Juuru_vallavalitsus, lk 51
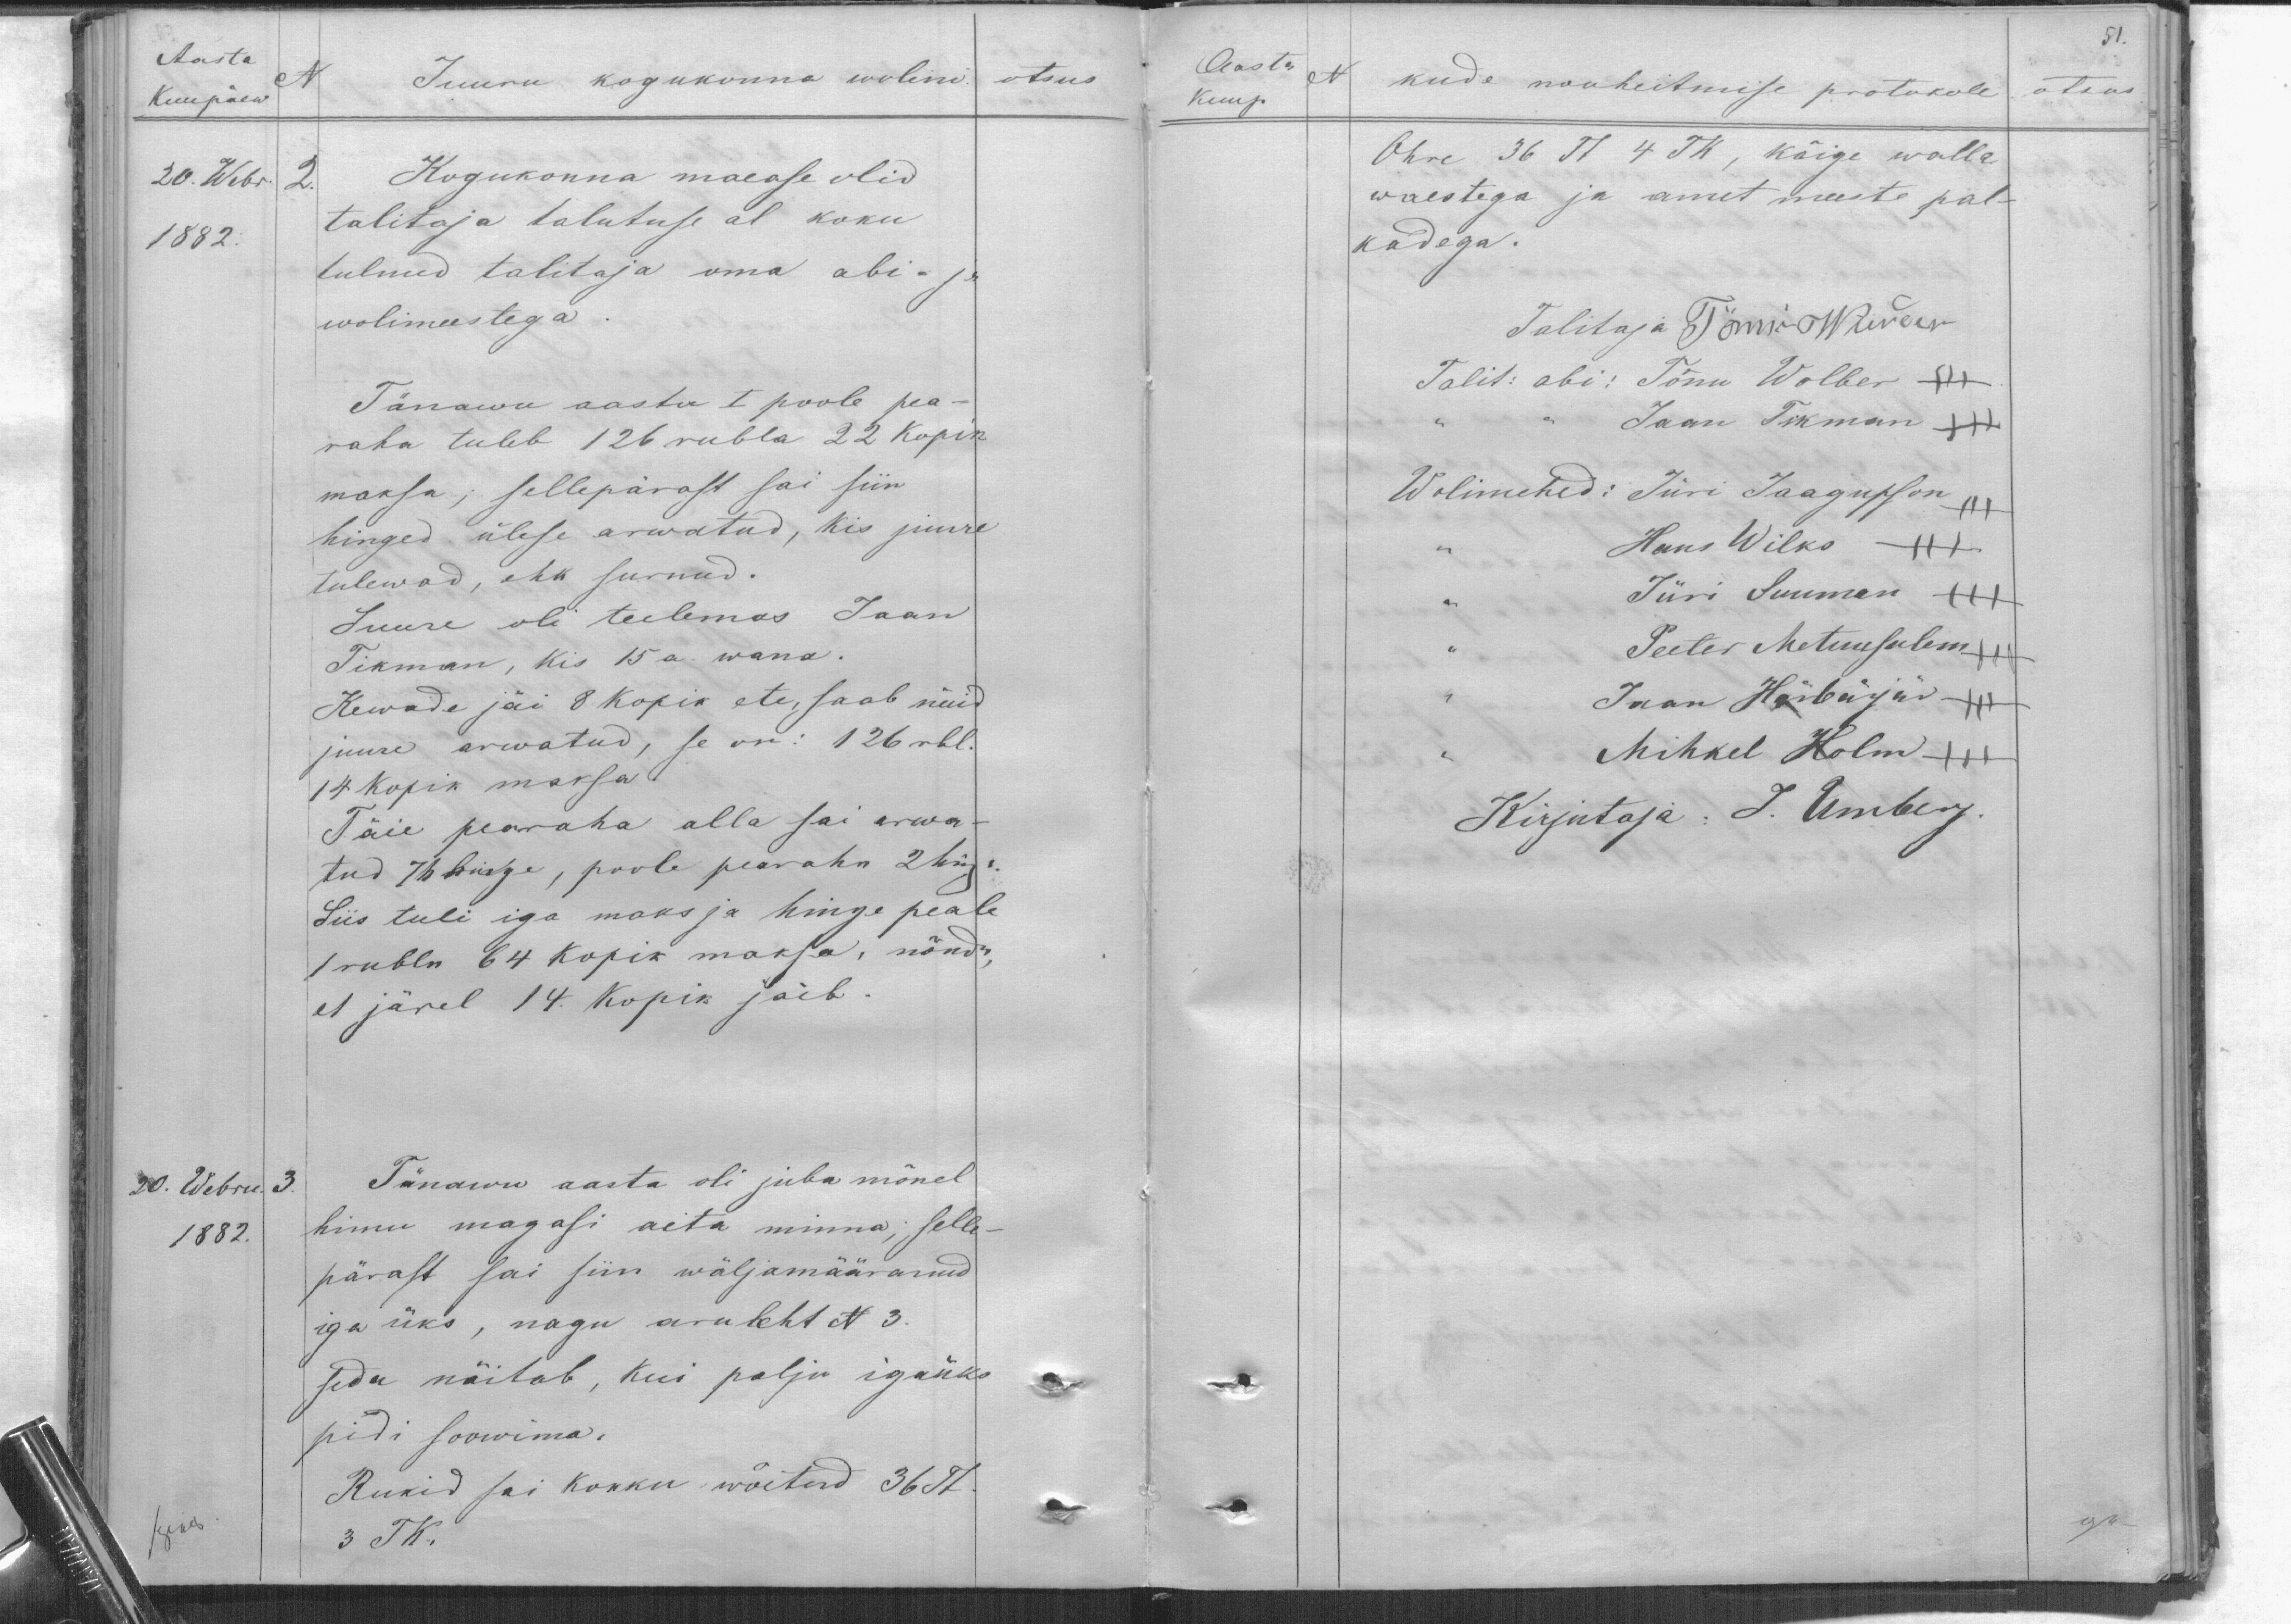
Aasta
N
Kuupäew
20. Webr. 2.
1882.
Juuru kogukonna wolini otsus
Kogukonna maease olid
talitaja talutuse al koku
tulnud talitaja oma abi- ja
wolimeestega .
Tänawu aasta I poole pea-
raha tuleb 126 rubla 22 kopik
maksa, sellepärast sai siin
hinged ülese arwatud, kis juure
tulewad, ehk surnud.
Juure oli tulemas Jaan
Tikman, kis 15 a. wana.
Kewade jäi 8 kopik ete, saab nüid
juure arwatud, se on: 126 rbl.
14 kopik maksa.
Täie pearaha alla sai arwa-
tud 76 hinge, poole pearaha 2 hinge.
Siis tuli iga maks ja hinge peale
1 rubla 64 kopik maksa, nõnda,
et järel 14. Kopik jäeb.
20. Webru. 3.
1882.
Tänawu aasta oli juba mõnel
himu magasi aita minna; selle
pärast sai siin wäljamääranud
iga üks, nagu aruleht N 3.
seda näitab, kui palju igaüks
pidi soowima.
Rukid sai kokku wõetud 36 Tt.
3 TK.

51.
Aasta
N
Kuup.
kude nouheitmise protokoll
otsus.
Ohre 36 Tt 4 TK, kõige walla
waestega ja amet meeste pal-
kadega.
Talitaja Tönnis Wunder
Talit: abi: Tõnu Wolber +++
Jaan Tikman XXX
Wolimehed: Jüri Jaagupson +++
Hans Wilks XXX
Jüri Suuman XXX
Peeter Metuusalem +++
Jaan Härbärjär XXX
Mihkel Holm +++
Kirjutaja: J. Umberg.